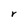
Character: r